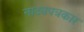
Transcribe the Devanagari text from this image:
नाट्यपत्रकार